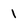
Character: 1